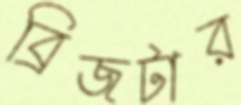
ব্রিজটার